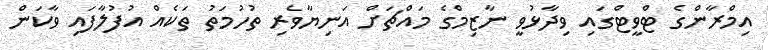
އިމްރާންގެ ޓްވީޓްގައި ވިދާޅުވީ ނާޒިމްގެ މައްޗަށް އަނިޔާވެރި ތުހުމަތު ތަކެއް އުފުލާފައި ވާކަން